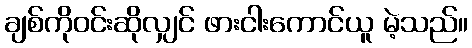
ချစ်ကိုဝင်းဆိုလျှင် ဖားငါးကောင်ယူ မဲ့သည်။